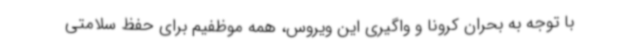
با توجه به بحران کرونا و واگیری این ویروس، همه موظفیم برای حفظ سلامتی